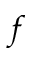
_ f